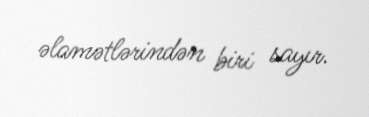
əlamətlərindən biri sayır.